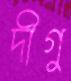
দীগু